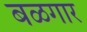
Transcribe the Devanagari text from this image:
बळगार